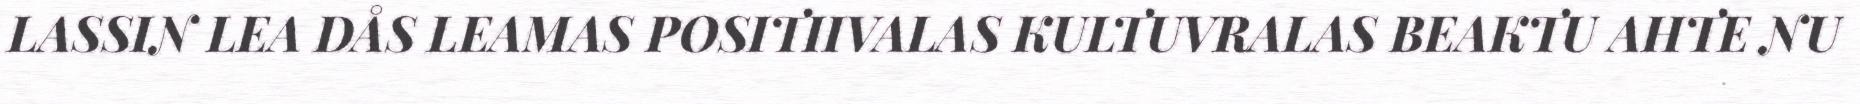
LASSIN LEA DÅS LEAMAS POSITIIVALAS KULTUVRALAS BEAKTU AHTE NU